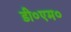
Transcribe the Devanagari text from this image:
डी०एम०